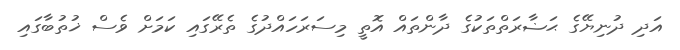
އަދި ދުނިޔޭގެ ޙަޟާރަތްތަކުގެ ދާންތައް އޮތީ މިސަރަހައްދުގެ ތެރޭގައި ކަމަށް ވެސް ޚުތުބާގައި